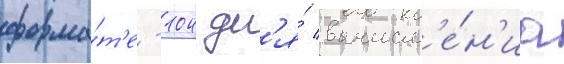
форма́т'е -104 дл'я́ вычисл'е́н'иа